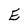
Character: E